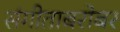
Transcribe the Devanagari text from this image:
संगीताबरोबर